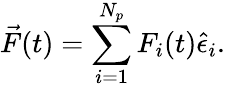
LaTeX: \vec{F}(t)=\sum_{i=1}^{N_{p}}F_{i}(t)\hat{\epsilon}_{i}.